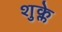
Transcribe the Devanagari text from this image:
शुक्ले